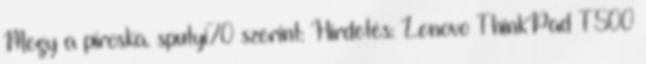
Megy a piroska. sputyi70 szerint: Hirdetés: Lenovo ThinkPad T500